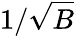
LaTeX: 1/\sqrt{B}